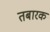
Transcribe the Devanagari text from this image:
तबारक